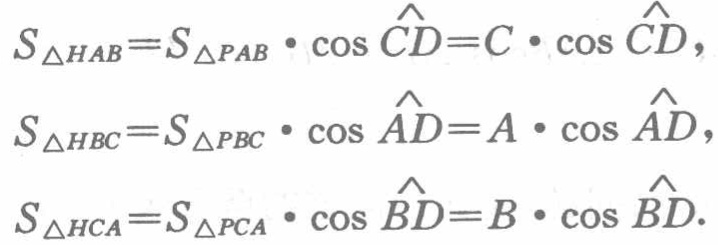
\[
\begin{align*}
S_{\triangle HAB}&=S_{\triangle PAB}\cdot\cos\widehat{CD}=C\cdot\cos\widehat{CD},\\
S_{\triangle HBC}&=S_{\triangle PBC}\cdot\cos\widehat{AD}=A\cdot\cos\widehat{AD},\\
S_{\triangle HCA}&=S_{\triangle PCA}\cdot\cos\widehat{BD}=B\cdot\cos\widehat{BD}.
\end{align*}
\]